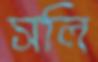
সলি